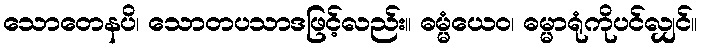
သောတေနပိ၊ သောတပသာဒဖြင့်လည်း။ ဓမ္မံယေဝ၊ ဓမ္မာရုံကိုပင်လျှင်။